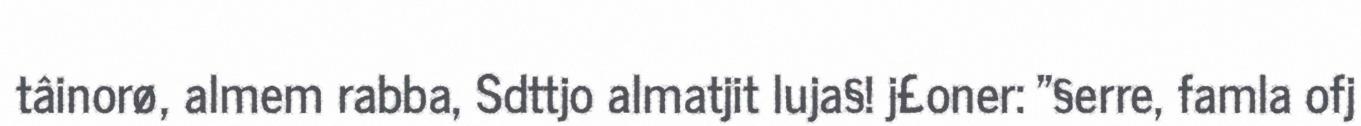
tâinorø, almem rabba, Sdttjo almatjit luja§! j£oner: "§erre, famla ofj